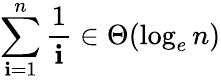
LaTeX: \sum_{\mathbf{i}=1}^{n}{\frac{{1}}{{\mathbf{i}}}}\in\Theta(\log_{e}n)